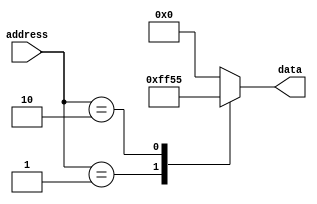
module ROM (
    input [7:0] address,
    output reg [7:0] data
);

always @(*) begin
    case(address)
        8'd0: data = 8'b00000000; //data value stored in memory block 0
        8'd1: data = 8'b11111111; //data value stored in memory block 1
        8'd2: data = 8'b01010101; //data value stored in memory block 2
        //add more memory blocks here as needed
        default: data = 8'b00000000; //default data value if no valid address is provided
    endcase
end

endmodule